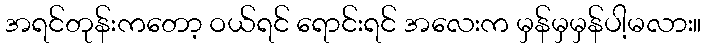
အရင်တုန်းကတော့ ဝယ်ရင် ရောင်းရင် အလေးက မှန်မှမှန်ပါ့မလား။